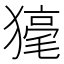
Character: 𤡇